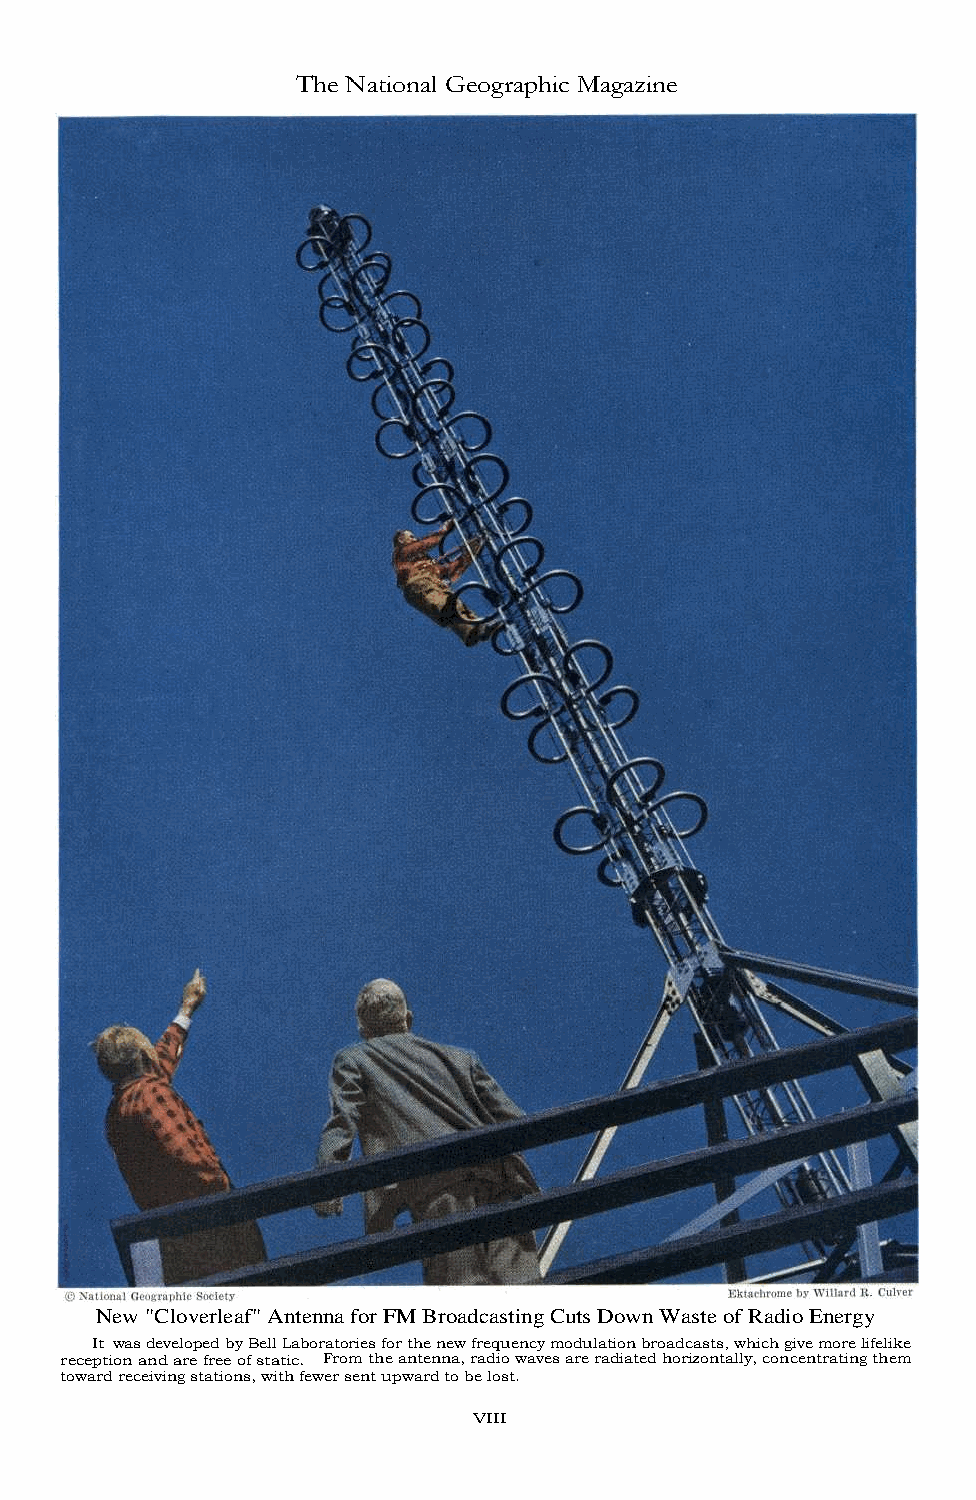
The National Geographic Magazine
 New "Cloverleaf" Antenna for FM Broadcasting Cuts Down Waste of Radio Energy
 It was developed by Bell Laboratories for the new frequency modulation broadcasts, which give more lifelike
 reception and are free of static. From the antenna, radio waves are radiated horizontally, concentrating them
 toward receiving stations, with fewer sent upward to be lost.
 VIII